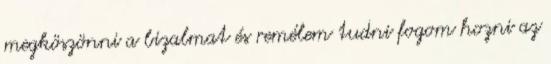
megköszönni a bizalmat és remélem tudni fogom hozni az